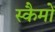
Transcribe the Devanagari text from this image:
स्कैमों